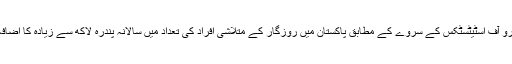
پاکستان بیورو آف اسٹیٹسٹکس کے سروے کے مطابق پاکستان میں روزگار کے متلاشی افراد کی تعداد میں سالانہ پندرہ لاکھ سے زیادہ کا اضافہ ہورہا ہے۔